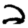
Digit: 2